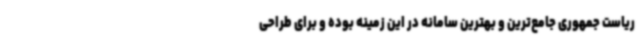
ریاست جمهوری جامع‌ترین و بهترین سامانه در این زمینه بوده و برای طراحی